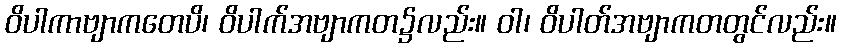
ဝိပါကာဗျာကတေပိ၊ ဝိပါက်အဗျာကတ၌လည်း။ ဝါ၊ ဝိပါတ်အဗျာကတတွင်လည်း။